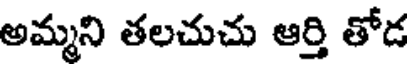
అమ్మని తలచుచు ఆర్తి తోడ